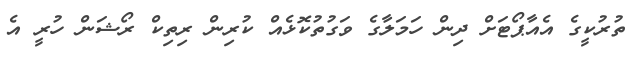
ތުރުކީގެ އެއާޕޯޓަށް ދިން ހަމަލާގެ ވަގުތުކޮޅެއް ކުރިން ރިތިކް ރޯޝަން ހުރީ އެ